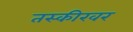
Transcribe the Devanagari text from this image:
तस्कीरवर